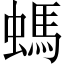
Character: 螞